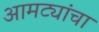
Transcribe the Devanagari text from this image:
आमट्यांचा